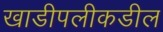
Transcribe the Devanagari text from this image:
खाडीपलीकडील